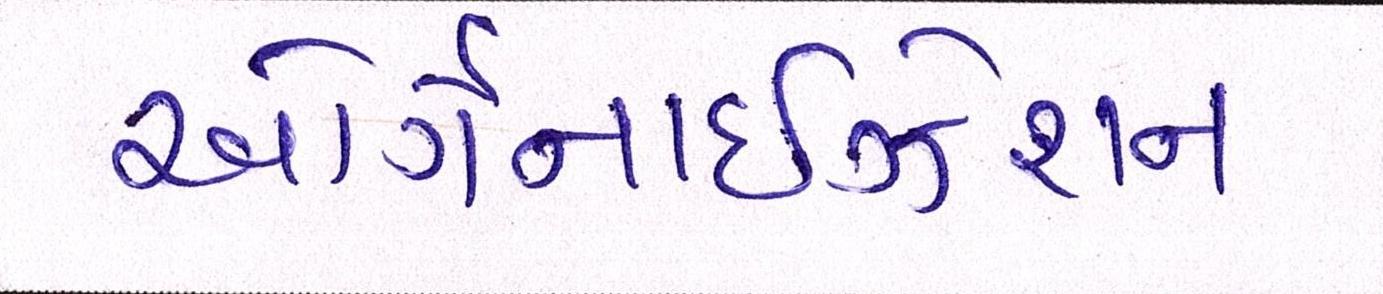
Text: ઓર્ગેનાઈઝેશન